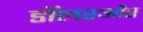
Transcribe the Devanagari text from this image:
डॉलरऔर